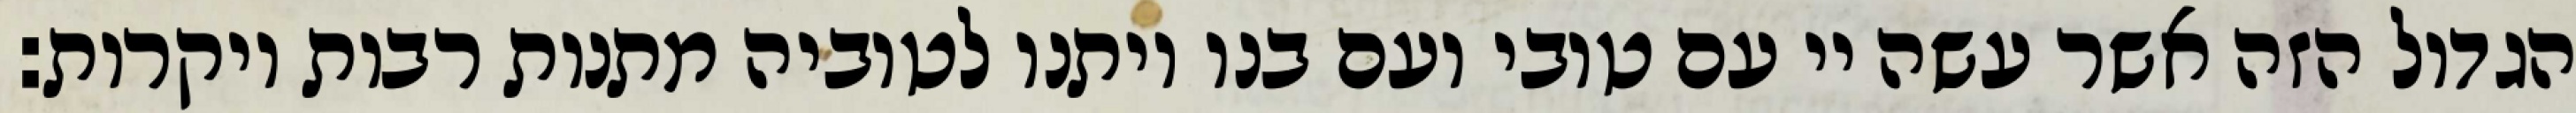
הגדול הזה אשר עשה יי עם טובי ועם בנו ויתנו לטוביה מתנות רבות ויקרות: